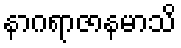
နာဂရာဇာနမာသိ